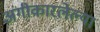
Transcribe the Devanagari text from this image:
अंगीकारलेल्या